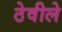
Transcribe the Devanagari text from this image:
ठेवीले